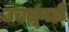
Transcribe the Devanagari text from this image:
उचलूनही